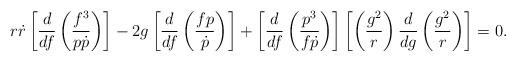
LaTeX: \begin{align*}r\dot{r}\left[ \frac{d}{df}\left( \frac{f^{3}}{p\dot{p}}\right) \right] -2g\left[ \frac{d}{df}\left( \frac{fp}{\dot{p}}\right) \right] +\left[ \frac{d}{df}\left( \frac{p^{3}}{f\dot{p}}\right) \right] \left[ \left( \frac{g^{2}}{r}\right) \frac{d}{dg}\left( \frac{g^{2}}{r}\right) \right] =0. \end{align*}